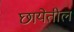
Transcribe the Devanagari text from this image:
छायेतील